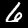
Digit: 6